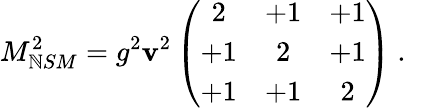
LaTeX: M_{\mathbb{N}SM}^{2}=g^{2}\mathbf{v}^{2}\left(\begin{array}{ccc}{{2}}&{{+1}}&{{+1}}\\ {{+1}}&{{2}}&{{+1}}\\ {{+1}}&{{+1}}&{{2}}\end{array}\right)~.~\,